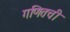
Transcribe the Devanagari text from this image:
गणितची